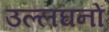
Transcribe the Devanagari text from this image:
उल्लघनों